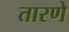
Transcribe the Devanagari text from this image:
तारणे